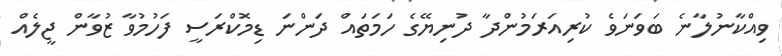
ވިއްކާނުލާނެ ބަވަނަވެ ކުރިއަރަމުންދާ ދުނިޔޭގެ ހަމަތައް ދަންނަ ޑިމޮކްރަސީ ފަހުމުވާ ޒުވާން ޖީލެއް